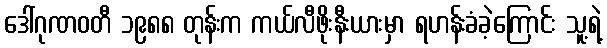
ဒေါ်ဂုဏဝတီ ၁၉၈၈ တုန်းက ကယ်လီဖိုးနီးယားမှာ ရဟန်းခံခဲ့ကြောင်း သူ့ရဲ့